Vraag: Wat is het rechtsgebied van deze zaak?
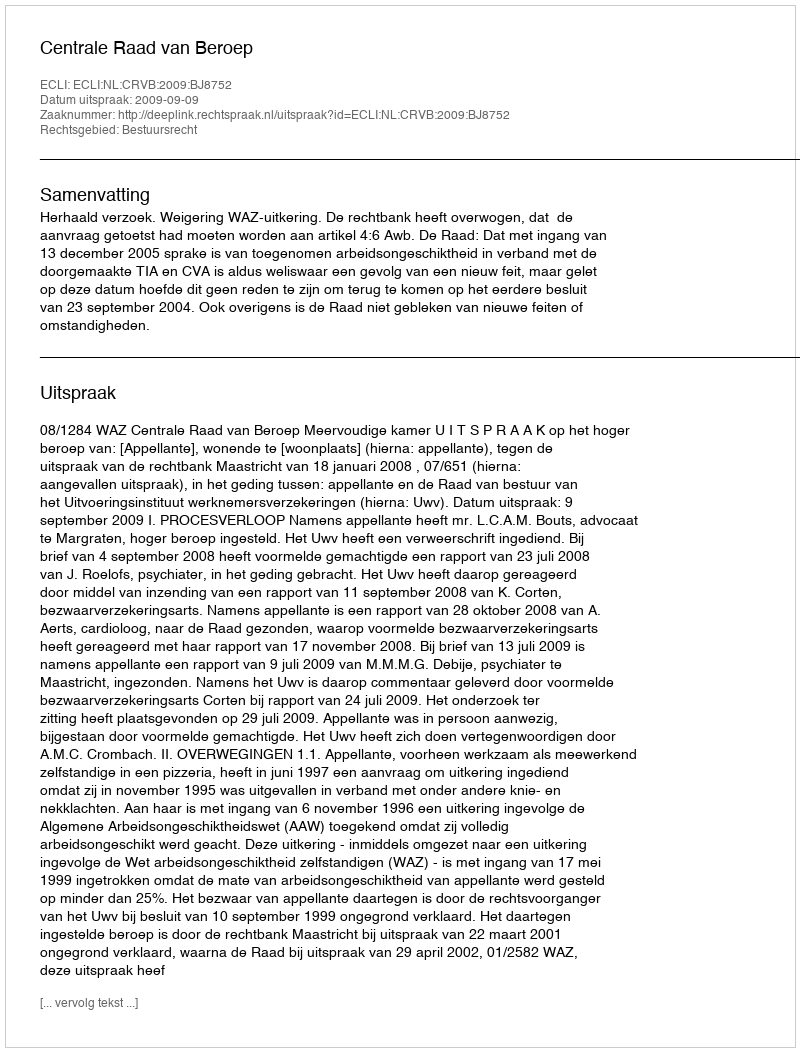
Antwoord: Bestuursrecht